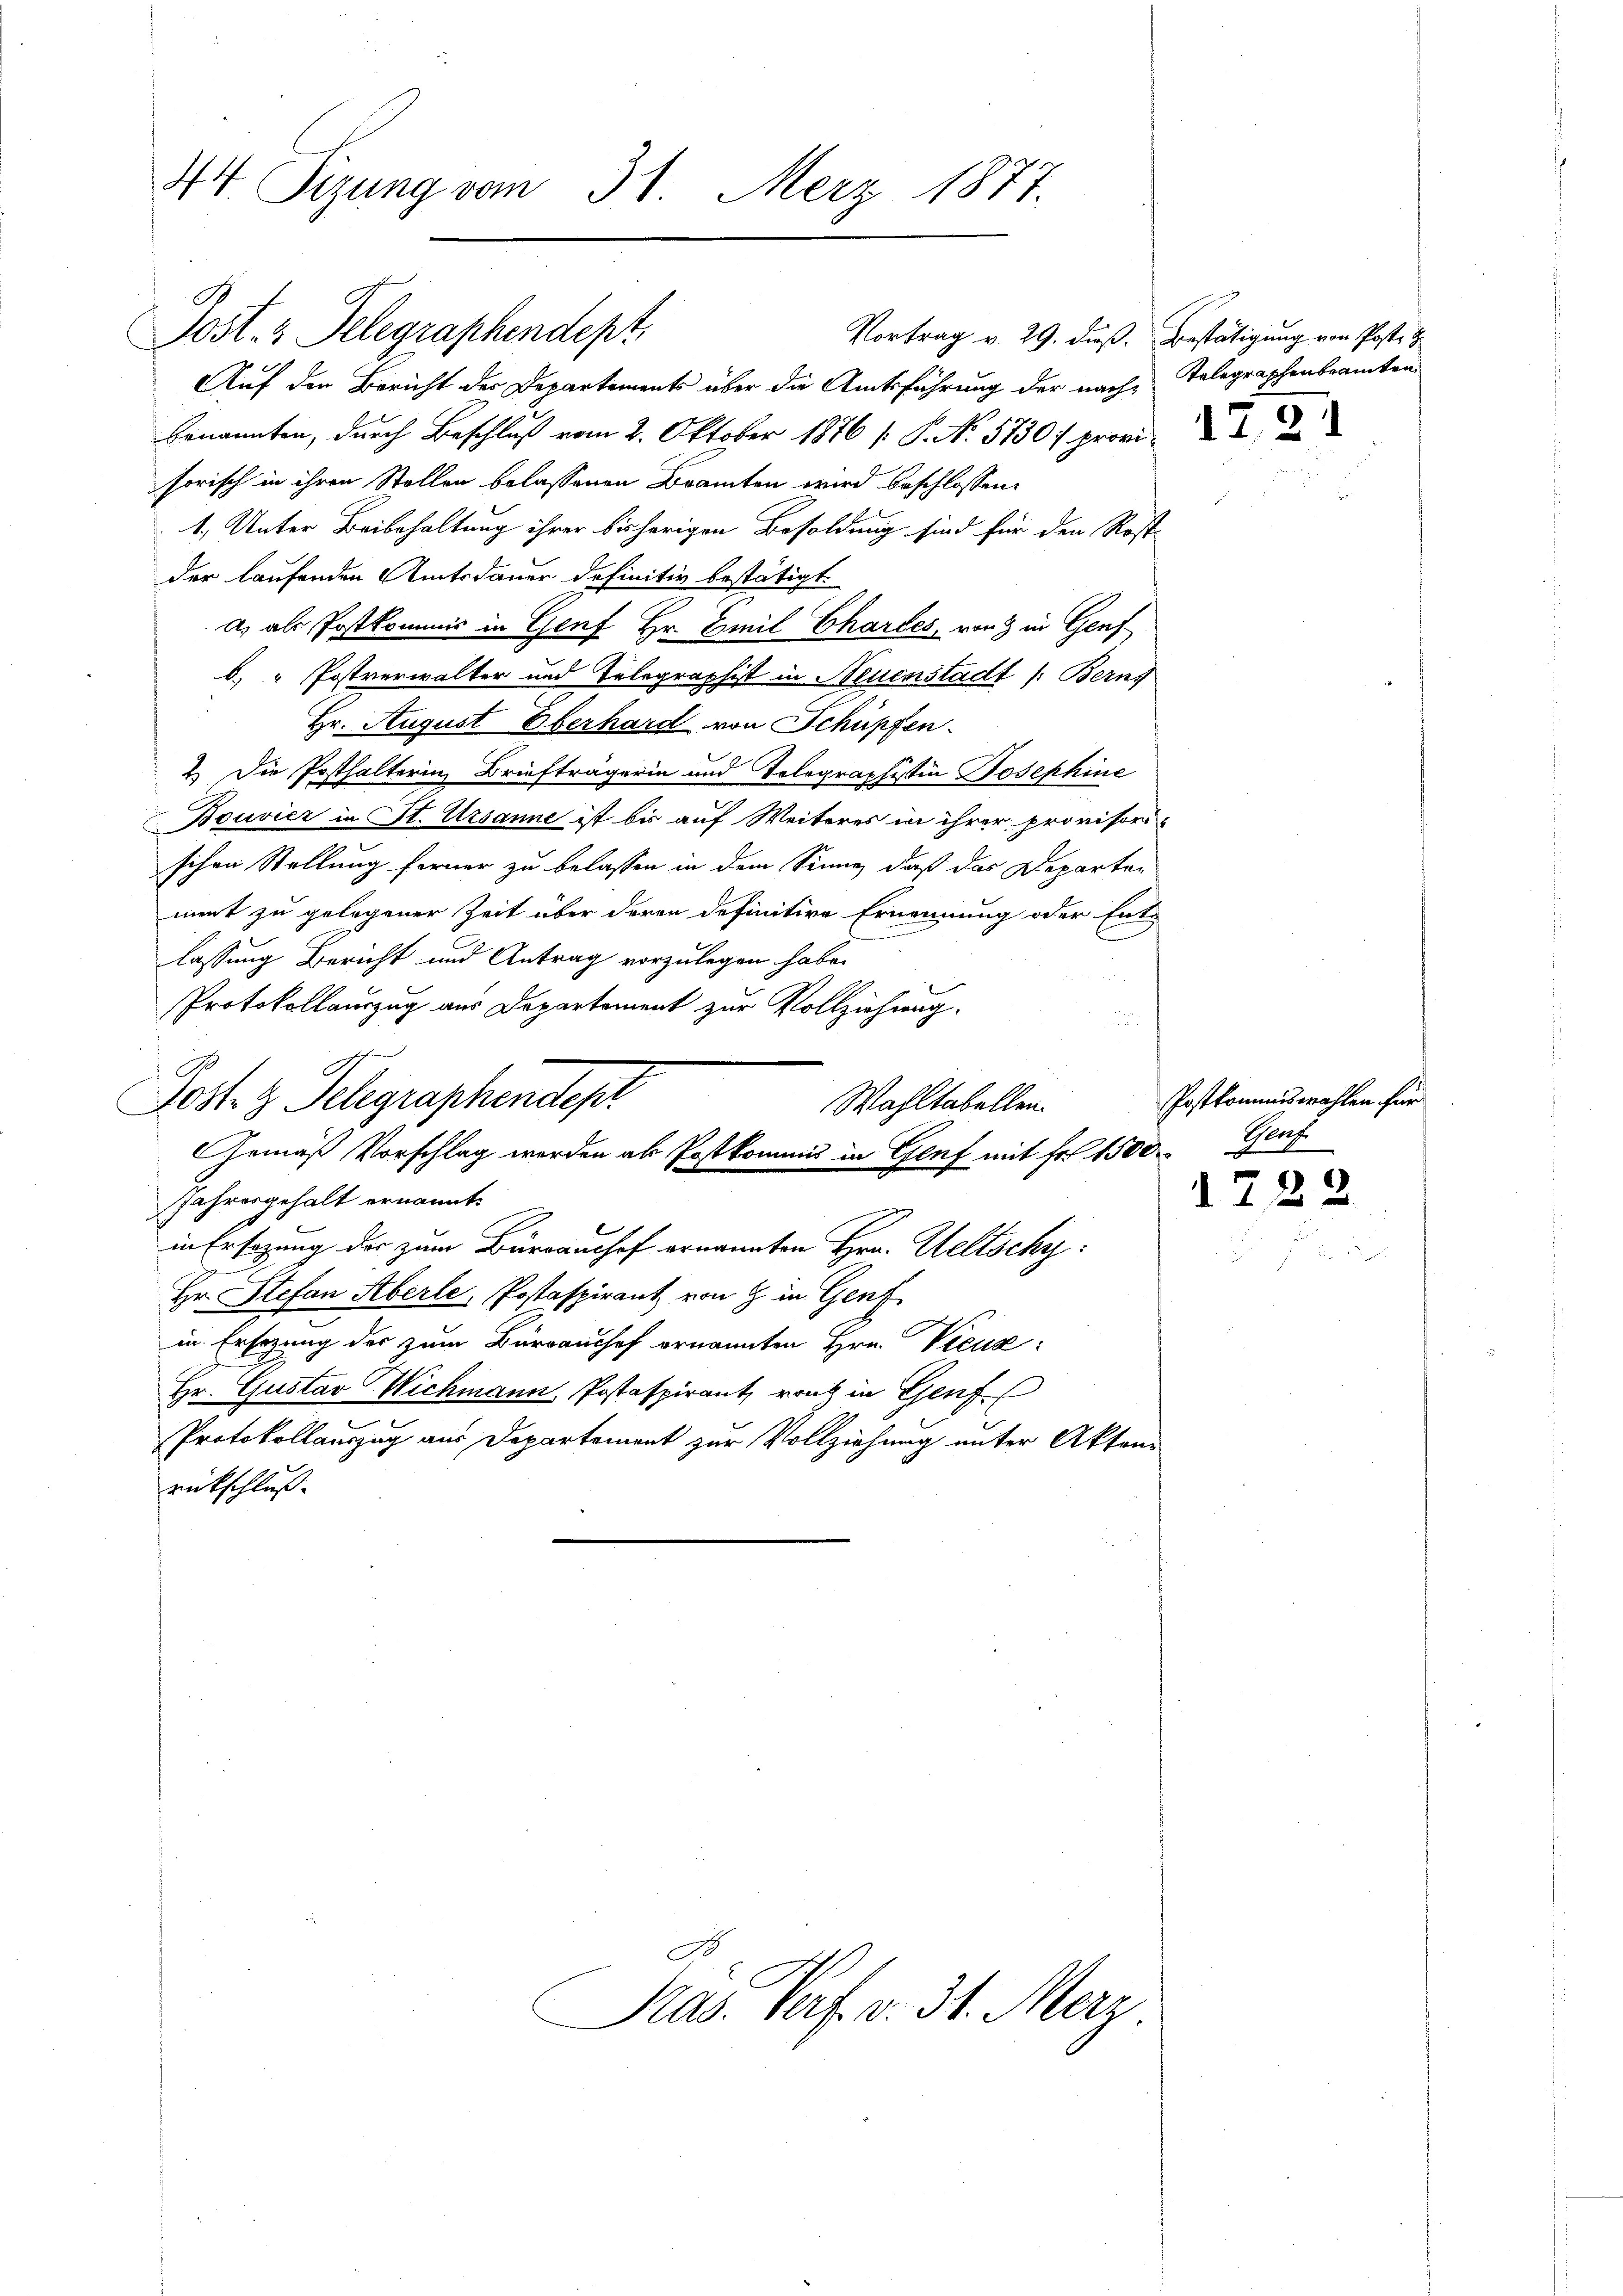
44 Sizung vom 31. Merz 1877.

Post- & Pelegraphendept.
Vortrag v. 29. dieß. Bestätigung von Postet
Auf der Bericht der Departements über die Amtsführung der nachbenannten, durch Beschluß vom 2. Oktober 1876 /: P. No. 5730/ provi
sorisch in ihren Stellen belassenen Branten wird beschlossen:
1.) Unter Beibehaltung ihrer bisherigen Besoldung sind für den Rost-
der laufenden Amtsdauer definitiv bestätigt.
a, als Postkommis in Genf Hr. Emil Chartes, von 3 in Genf
b. " Postverwalter und Telegraphist in Neuenstadt (Berns
Hr. August Oberhard von Schüpfen.
2.) Die Posthalterin Briefträgerin und Tolographistia Josephine
Bouvier in St. Ursanne ist bis auf Weiteres in ihrer provisori-
schen Stellung ferner zu belassen in dem Sinne, daß das Departen
ment zu gelegener Zeit über deren definitive Ernennung oder Ent-
lassung Bericht und Antrag vorzulegen habe.
Protokollauszug aus Departement zur Vollziehung.
Post. z. Telegraphendepr
Wahltabellen.
GGemäß Vorschlag werden als Postkommis in Genf mit Fr. 1500 Genf
Jahresgehalt ernannt.
in Ersatzung des zum Büreaushof ernannten Hrn. Weltschy:
Hr. Stefan Aberle, Postaspirant von 9 in Genf
in Ersezung der zum Bürraushof ernannten Hrn. Vicuz
Hr. Gustav Wichmann, Postaspirant, rent in Genf
Protokollauszug aus Departement zur Vollziehung unter Akten-
rückschluss.

Präs. Porf. v. 31. Merz

Telegraphenbeamten

Postkommiswahlen für

1722